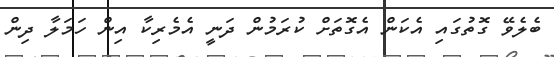
ބެލެވޭ ގޮތުގައި އެކަން އެގޮތަށް ކުރަމުން ދަނީ އެމެރިކާ އިން ހަމަލާ ދިން